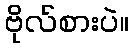
ဗိုလ်စားပဲ။